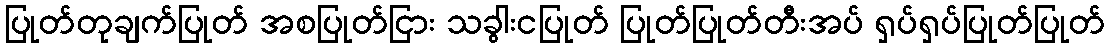
ပြုတ်တုချက်ပြုတ် အစပြုတ်ငြား သခွါးငပြုတ် ပြုတ်ပြုတ်တီးအပ် ရှပ်ရှပ်ပြုတ်ပြုတ်